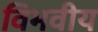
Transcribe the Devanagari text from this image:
विभवीय